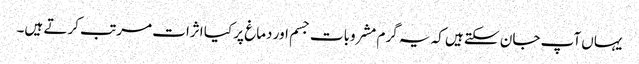
یہاں آپ جان سکتے ہیں کہ یہ گرم مشروبات جسم اور دماغ پر کیا اثرات مرتب کرتے ہیں۔